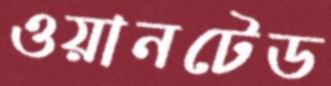
ওয়ানটেড